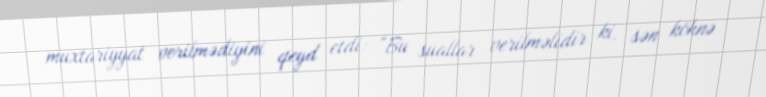
muxtariyyat verilmədiyini qeyd etdi: “Bu suallar verilməlidir ki, sən köhnə